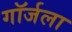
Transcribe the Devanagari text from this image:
गॉर्जला